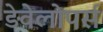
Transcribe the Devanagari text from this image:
ड़ेवेलोपर्स